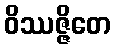
ဝိဿဇ္ဇိတေ